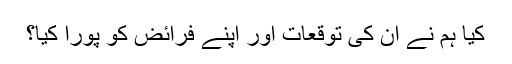
کیا ہم نے ان کی توقعات اور اپنے فرائض کو پورا کیا؟